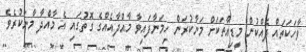
ވާހަކަތައް ދެއްކުން މީޑިއާތަކަށް މަނާކުރަން ހިމަނާފައިވާ މާއްދާއެއްގެ ގޮތުގައި އެ މާއްދާ މާނަކުރެވެ